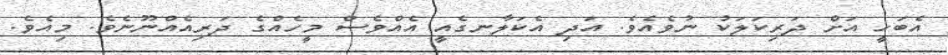
އެބަހީ އަށް ދަރިކަލަކު ނުވެއެވެ. އަދި އެކަލާނގެއީ އެއްވެސް މީހެއްގެ ދަރިއެއްނޫނެވެ. މިއެވެ.